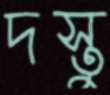
দস্তু